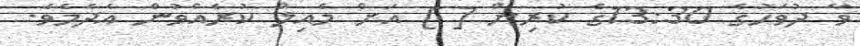
ވާ ދުވަހުގެ 13:30ގެ ކުރިން [ ] އަށް މެއިލް ކުރެއްވުން އެދެމެވެ.